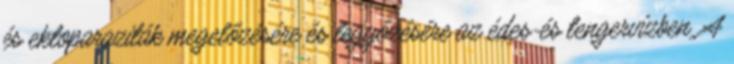
és ektoparaziták megelőzésére és legyőzésére az édes-és tengervízben. A